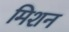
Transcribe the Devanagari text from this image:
मिशन